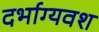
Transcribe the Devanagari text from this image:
दर्भाग्यवश